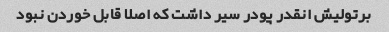
برتولیش انقدر پودر سیر داشت که اصلا قابل خوردن نبود